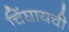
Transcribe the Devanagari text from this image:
चिंघायची